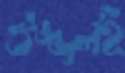
ঔজ্জ্বলই